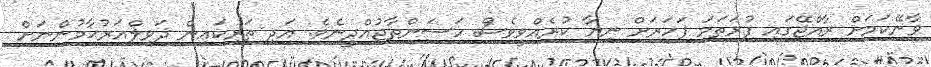
ވާނޭކަމަށް ރާއްޖޭގައި ފުރަތަމަ ފަހަރަށް ނިޔާ ކުރެއްވީވެސް ހަސަންތާޖުއްދީނެވެ. އަދި ތަރިކައިން ޛަވިލްއަރުޙާމުންނަށް